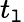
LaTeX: t_{\mathtt{l}}